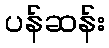
ပန်ဆန်း